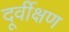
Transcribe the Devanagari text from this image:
दूर्वीक्षण